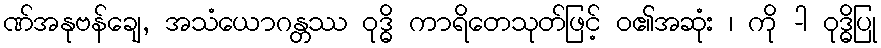
ဏ်အနုဗန်ချေ, အသံယောဂန္တဿ ဝုဒ္ဓိ ကာရိတေသုတ်ဖြင့် ဝ၏အဆုံး ၊ ကို -ါ ဝုဒ္ဓိပြု